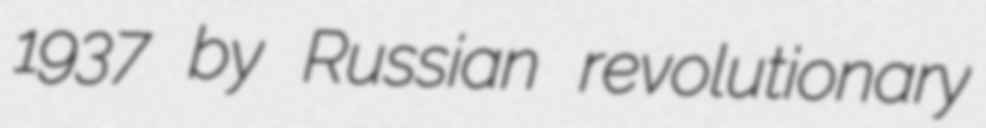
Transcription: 1937 by Russian revolutionary